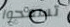
تسمحوا